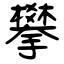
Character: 攀